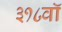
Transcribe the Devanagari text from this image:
३१८वॉ